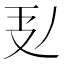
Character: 𭣕